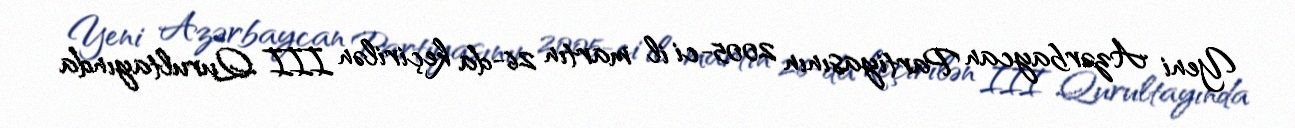
Yeni Azərbaycan Partiyasının 2005-ci il martın 26-da keçirilən III Qurultayında